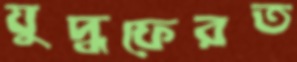
যুদ্ধফেরত